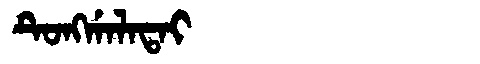
Manchu: ᡨᡠᠩᡤᠠᠯᠠᡨᠠᡳ
Romanization: TUNGGALATAI